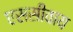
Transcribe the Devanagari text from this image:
एससीवाय